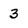
Character: 3